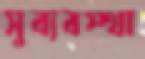
সুব্যবস্থা